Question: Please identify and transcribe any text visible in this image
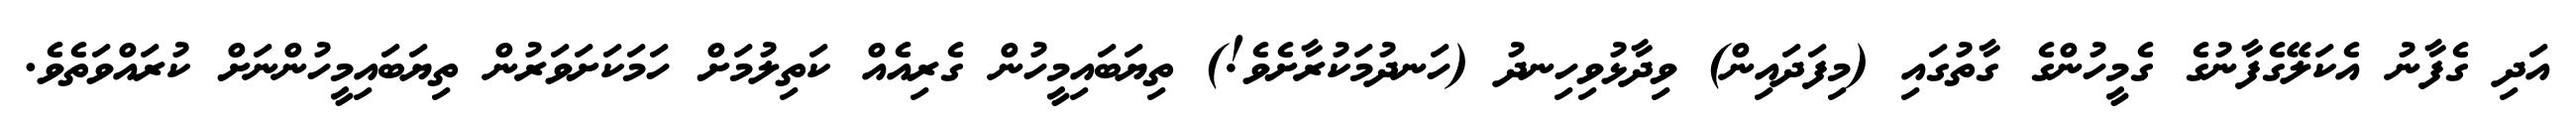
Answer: އަދި ގެފާނު އެކަލޭގެފާނުގެ ގެމީހުންގެ ގާތުގައި (މިފަދައިން) ވިދާޅުވިހިނދު (ހަނދުމަކުރާށެވެ!) ތިޔަބައިމީހުން ގެރިއެއް ކަތިލުމަށް ހަމަކަށަވަރުން ތިޔަބައިމީހުންނަށް ކުރައްވަތެވެ.